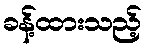
ခန့်ထားသည့်